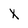
Character: X